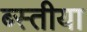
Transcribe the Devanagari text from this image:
ब्स्तीया